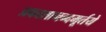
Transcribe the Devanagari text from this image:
प्रकाशानन्दमूर्तये